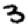
Digit: 3